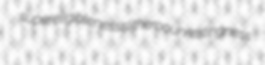
supereligibleness slitheroo unrestingness